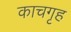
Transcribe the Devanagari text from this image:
काचगृह